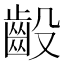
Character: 𫠙